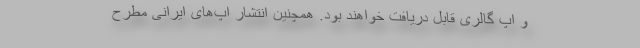
و اپ گالری قابل دریافت خواهند بود. همچنین انتشار اپ‌های ایرانی مطرح